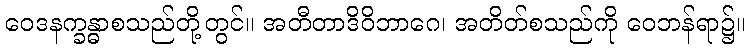
ဝေဒနက္ခန္ဓာစသည်တို့တွင်။ အတီတာဒိဝိဘာဂေ၊ အတိတ်စသည်ကို ဝေဘန်ရာ၌။